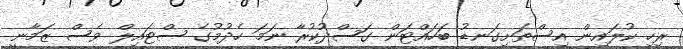
ރިހި ކުލައިން އިސްތަށިގަނޑު ބަހައްޓަން ގަސްދުކުރާ ނަމަ ހެދުމުގެ ސްޓައިލް ވެސް ޒަމާނީ